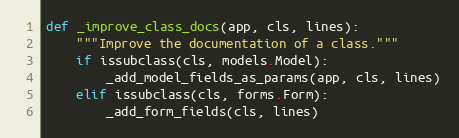
Language: Python
def _improve_class_docs(app, cls, lines):
    """Improve the documentation of a class."""
    if issubclass(cls, models.Model):
        _add_model_fields_as_params(app, cls, lines)
    elif issubclass(cls, forms.Form):
        _add_form_fields(cls, lines)